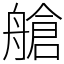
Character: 艙